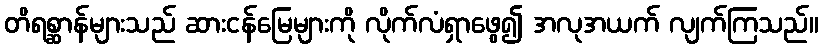
တိရစ္ဆာန်များသည် ဆားငန်မြေများကို လိုက်လံရှာဖွေ၍ အလုအယက် လျက်ကြသည်။